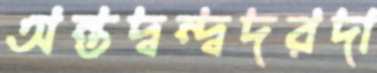
অন্তদ্বন্দ্বদরদা